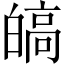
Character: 皜